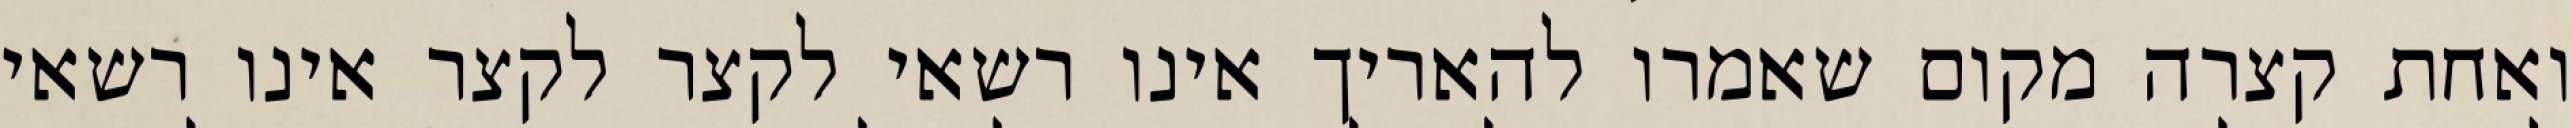
ואחת קצרה מקום שאמרו להאריך אינו רשאי לקצר לקצר אינו רשאי